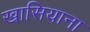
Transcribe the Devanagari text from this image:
खासियाना